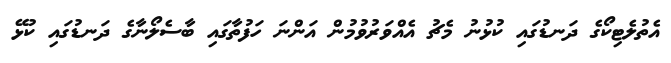
އެތުލެޓިކޯގެ ދަނޑުގައި ކުޅުނު މެޗު އެއްވަރުވުމުން އަންނަ ހަފުތާގައި ބާސެލޯނާގެ ދަނޑުގައި ކުޅޭ